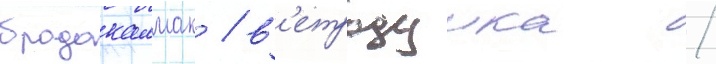
бродокалмак / в'етродуика /